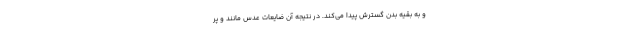
و به بقیه بدن گسترش پیدا می‌کند. در نتیجه آن ضایعات عدس مانند و پر